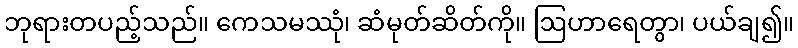
ဘုရားတပည့်သည်။ ကေသမဿုံ၊ ဆံမုတ်ဆိတ်ကို။ ဩဟာရေတွာ၊ ပယ်ချ၍။